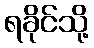
ရခိုင်သို့